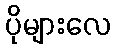
ပိုများလေ